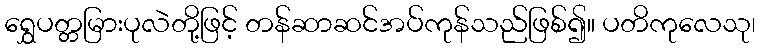
ရွှေပတ္တမြားပုလဲတို့ဖြင့် တန်ဆာဆင်အပ်ကုန်သည်ဖြစ်၍။ ပတိကုလေသု၊